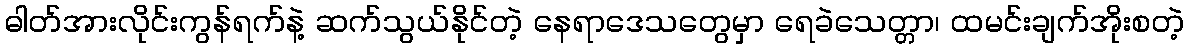
ဓါတ်အားလိုင်းကွန်ရက်နဲ့ ဆက်သွယ်နိုင်တဲ့ နေရာဒေသတွေမှာ ရေခဲသေတ္တာ၊ ထမင်းချက်အိုးစတဲ့